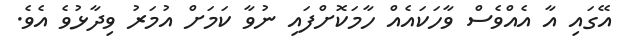
އޭގައި އާ އެއްވެސް ވާހަކައެއް ހާމަކޮށްފައި ނުވާ ކަމަށް އުމަރު ވިދާޅުވެ އެވެ.